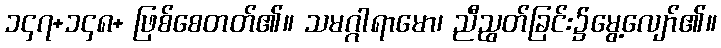
၁၄၇+၁၄၈+ ဖြစ်စေတတ်၏။ သမဂ္ဂါရာမော၊ ညီညွတ်ခြင်း၌မွေ့လျော်၏။